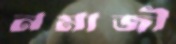
নমাজী